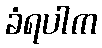
ခံရပါက